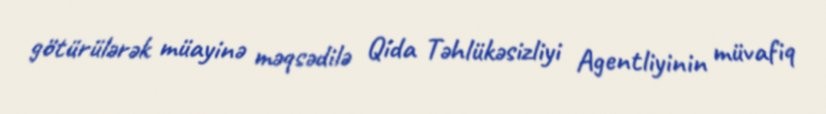
götürülərək müayinə məqsədilə Qida Təhlükəsizliyi Agentliyinin müvafiq